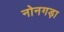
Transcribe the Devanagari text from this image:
नोनगड़ा